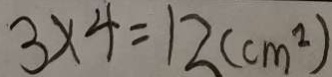
3 \times 4 = 1 2 ( c m ^ { 2 } )